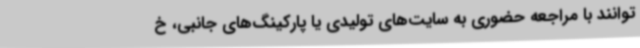
توانند با مراجعه حضوری به سایت‌های تولیدی یا پارکینگ‌های جانبی، خ